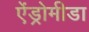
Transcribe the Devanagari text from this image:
ऐंड्रोमीडा